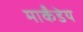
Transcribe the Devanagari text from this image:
मार्कंंडेय